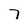
Character: 7